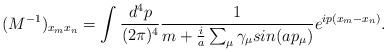
LaTeX: \begin{align*}(M^{-1})_{x_mx_n}=\int\frac{d^4p}{(2{\pi})^4}\frac{1}{m+\frac{i}{a}\sum_{\mu}{\gamma}_{\mu}sin(ap_{\mu})}e^{ip(x_m-x_n)}.\end{align*}